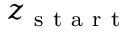
z _ { \mathrm { ~ s ~ t ~ a ~ r ~ t ~ } }